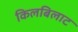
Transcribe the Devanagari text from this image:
किलबिलाट